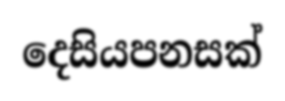
දෙසියපනසක්